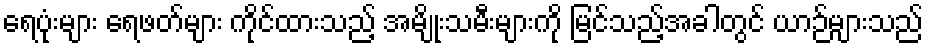
ရေပုံးများ ရေဖတ်များ ကိုင်ထားသည့် အမျိုးသမီးများကို မြင်သည့်အခါတွင် ယာဉ်များသည်